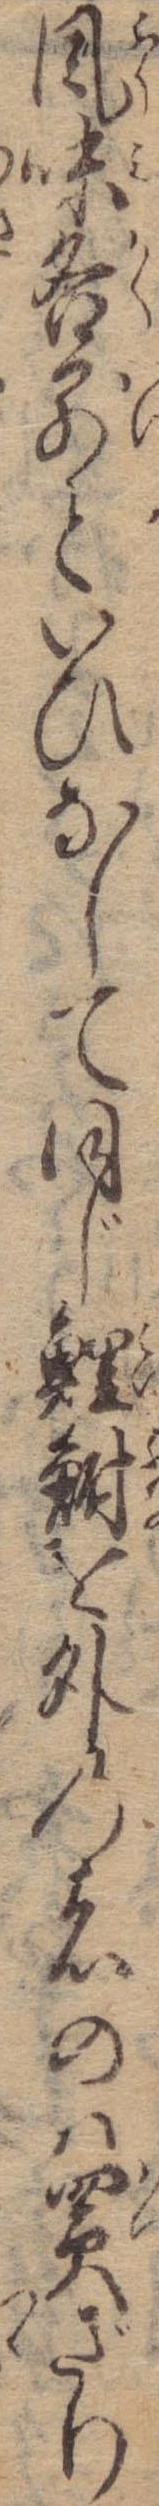
風味各別といひなして同じ鯉鮒を外の者のは買ざり